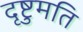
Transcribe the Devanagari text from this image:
दृष्टुमति